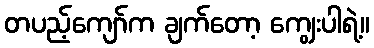
တပည့်ကျော်က ချက်တော့ ကျွေးပါရဲ့။